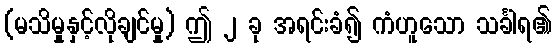
(မသိမှုနှင့်လိုချင်မှု) ဤ ၂ ခု အရင်းခံ၍ ကံဟူသော သင်္ခါရ၏